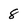
Character: 8